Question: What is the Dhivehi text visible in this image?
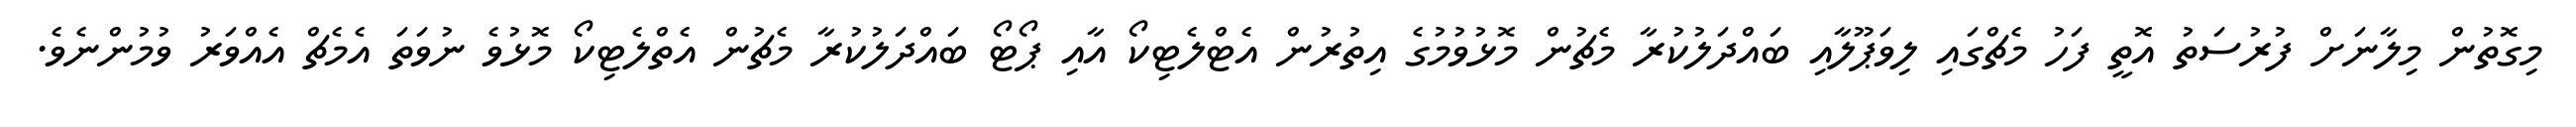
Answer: މިގޮތުން މިލާނަށް ފުރުސަތު އޮތީ ފަހު މެޗްގައި ލިވަޕޫލާއި ބައްދަލުކުރާ މެޗުން މޮޅުވުމުގެ އިތުރުން އެޓްލެޓިކޯ އާއި ޕޯޓޯ ބައްދަލުކުރާ މެޗުން އެތްލެޓިކޯ މޮޅުވެ ނުވަތަ އެމެޗް އެއްވަރު ވުމުންނެވެ.